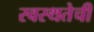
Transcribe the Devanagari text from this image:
स्वस्थतेची